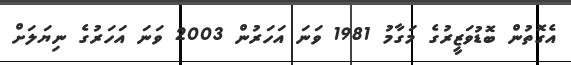
އެގޮތުން ބޮޑުވަޒީރުގެ މަގާމު 1981 ވަނަ އަހަރުން 2003 ވަނަ އަހަރުގެ ނިޔަލަށް